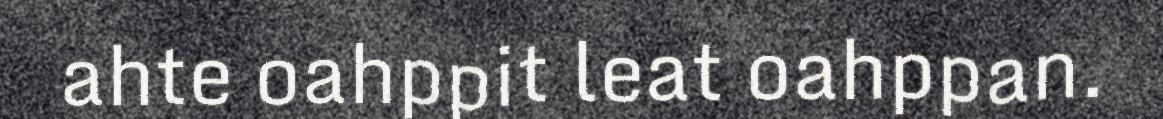
ahte oahppit leat oahppan.